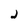
Character: j